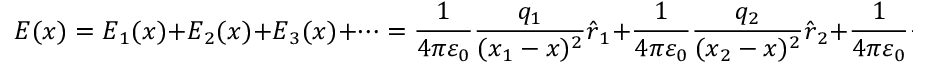
{ \boldsymbol { E } } ( { \boldsymbol { x } } ) = { \boldsymbol { E } } _ { 1 } ( { \boldsymbol { x } } ) + { \boldsymbol { E } } _ { 2 } ( { \boldsymbol { x } } ) + { \boldsymbol { E } } _ { 3 } ( { \boldsymbol { x } } ) + \cdots = { \frac { 1 } { 4 \pi \varepsilon _ { 0 } } } { \frac { q _ { 1 } } { ( { \boldsymbol { x } } _ { 1 } - { \boldsymbol { x } } ) ^ { 2 } } } { \hat { \boldsymbol { r } } } _ { 1 } + { \frac { 1 } { 4 \pi \varepsilon _ { 0 } } } { \frac { q _ { 2 } } { ( { \boldsymbol { x } } _ { 2 } - { \boldsymbol { x } } ) ^ { 2 } } } { \hat { \boldsymbol { r } } } _ { 2 } + { \frac { 1 } { 4 \pi \varepsilon _ { 0 } } } { \frac { q _ { 3 } } { ( { \boldsymbol { x } } _ { 3 } - { \boldsymbol { x } } ) ^ { 2 } } } { \hat { \boldsymbol { r } } } _ { 3 } + \cdots